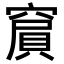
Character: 𥧨